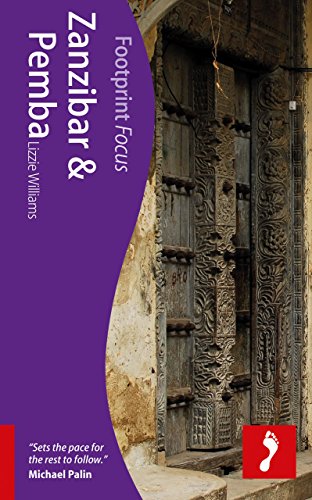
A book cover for Zanzibar & Pemba (Footprint Focus); Lizzie Williams; Travel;